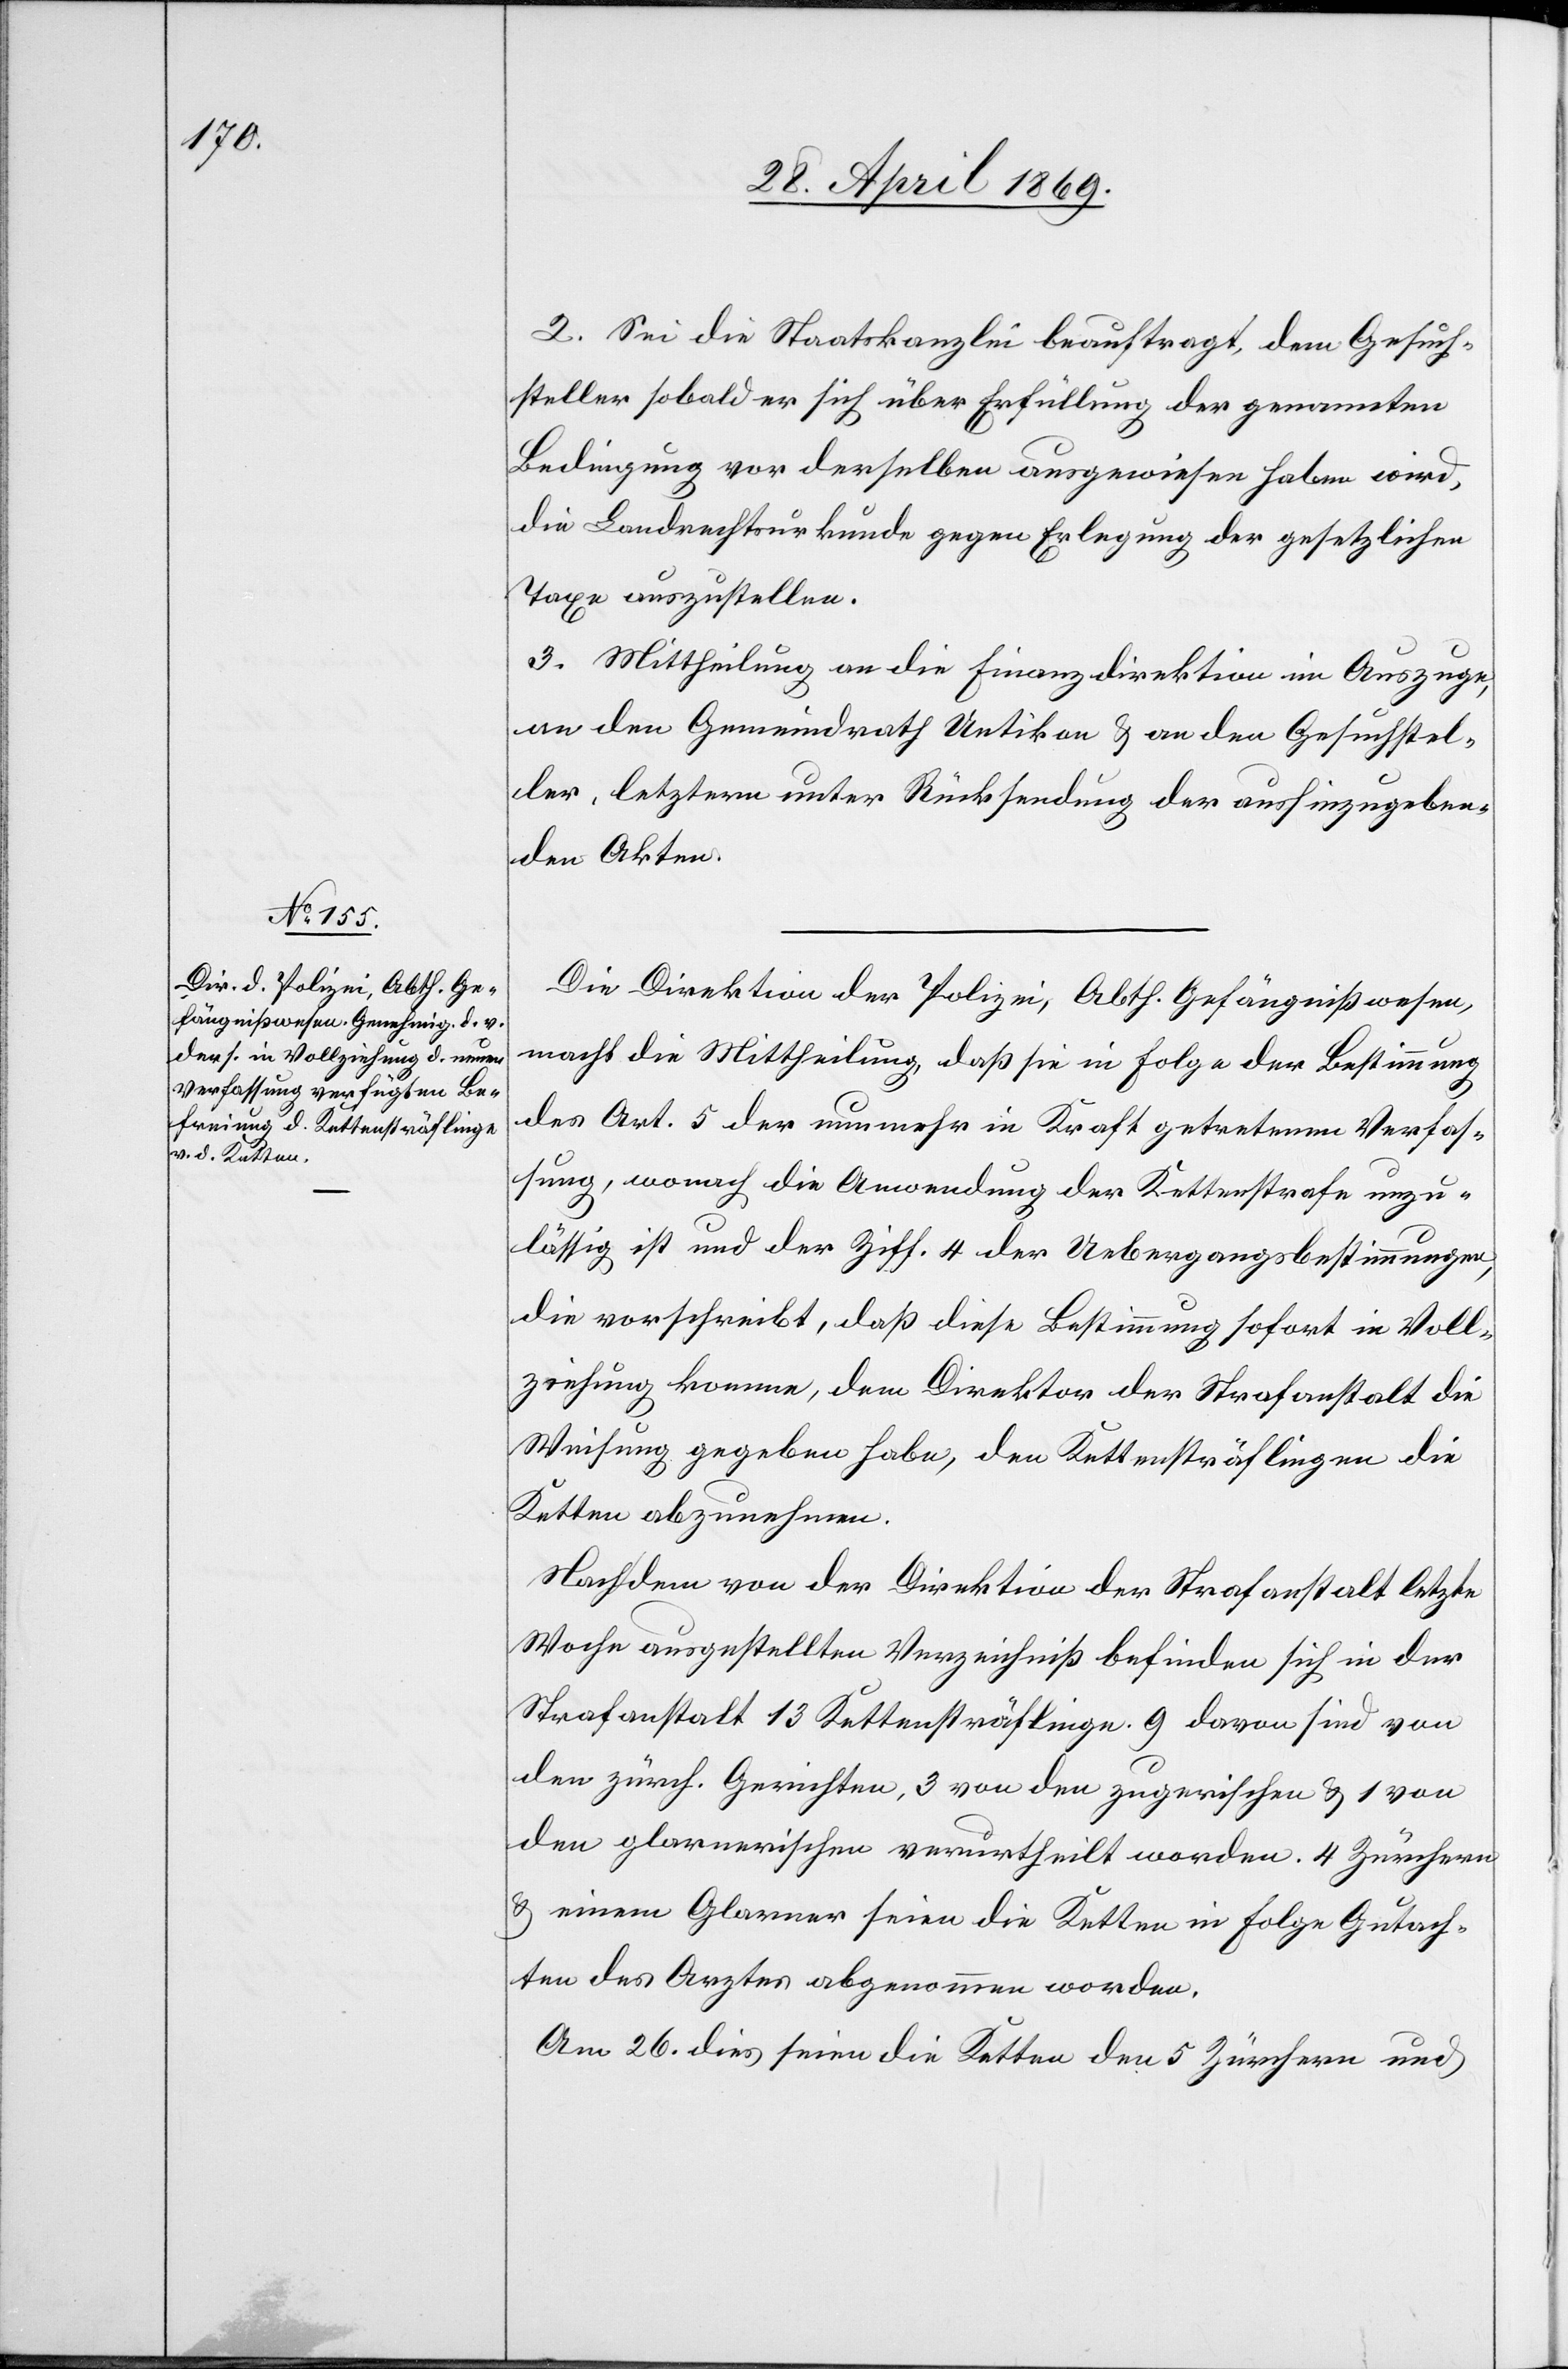
2. Sei die Staatskanzlei beauftragt, dem Gesuch¬
steller sobald er sich über Erfüllung der genannten
Bedingung vor derselben ausgewiesen haben wird,
die Landrechtsurkunde gegen Erlegung der gesetzlichen
Taxe auszustellen.
3. Mittheilung an die Finanzdirektion im Auszuge,
an den Gemeindrath Uetikon u. an den Gesuchstel¬
ler, letzterm unter Rücksendung der aushinzugeben¬
den Akten.
Die Direktion der Polizei Abth. Gefängnißwesen,
macht die Mittheilung, daß sie in Folge der Bestimmung
des Art. 5 der nunmehr in Kraft getretenen Verfas¬
sung, wonach die Anwendung der Kettenstrafe unzu¬
lässig ist und der Ziff. 4 der Uebergangsbestimmungen,
die vorschreibt, daß diese Bestimmung sofort in Voll¬
ziehung komme, dem Direktor der Strafanstalt die
Weisung gegeben habe, den Kettensträflingen die
Ketten abzunehmen.
Nachdem von der Direktion der Strafanstalt letzte
Woche ausgestellten Verzeichniß befinden sich in der
Strafanstalt 13 Kettensträflinge. 9 davon sind von
den zürch. Gerichten, 3 von den zugerischen u. 1 von
den glarnerischen verurtheilt worden. 4 Zürchern
u. einem Glarner seien die Ketten in Folge Gutach¬
ten des Arztes abgenommen worden.
Am 26. dies seien die Ketten den 5 Zürchern und